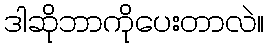
ဒါဆိုဘာကိုပေးတာလဲ။